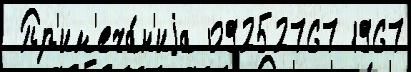
 Пр'им'еча́н'иjа 09252767 1967